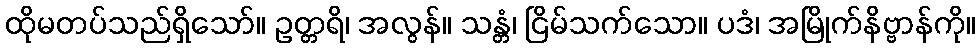
ထိုမတပ်သည်ရှိသော်။ ဥတ္တရိ၊ အလွန်။ သန္တံ၊ ငြိမ်သက်သော။ ပဒံ၊ အမြိုက်နိဗ္ဗာန်ကို။